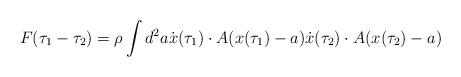
LaTeX: \begin{align*}F(\tau_1-\tau_2)=\rho \int d^2a \dot{x}(\tau_1)\cdot A(x(\tau_1)-a)\dot{x}(\tau_2)\cdot A(x(\tau_2)-a)\end{align*}